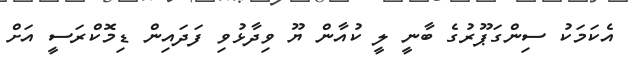
އެކަމަކު ސިންގަޕޫރުގެ ބާނީ ލީ ކުއާން ޔޫ ވިދާޅުވި ފަދައިން ޑިމޮކްރަސީ އަށް